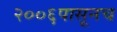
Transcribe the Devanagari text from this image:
२००६पासूनच